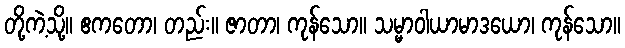
တို့ကဲ့သို့။ ဧကတော၊ တည်း။ ဇာတာ၊ ကုန်သော။ သမ္မာဝါယာမာဒယော၊ ကုန်သော။